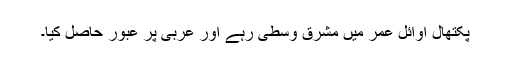
پکتھال اوائل عمر میں مشرق وسطیٰ رہے اور عربی پر عبور حاصل کیا۔